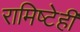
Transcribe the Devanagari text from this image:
रामिष्टेही